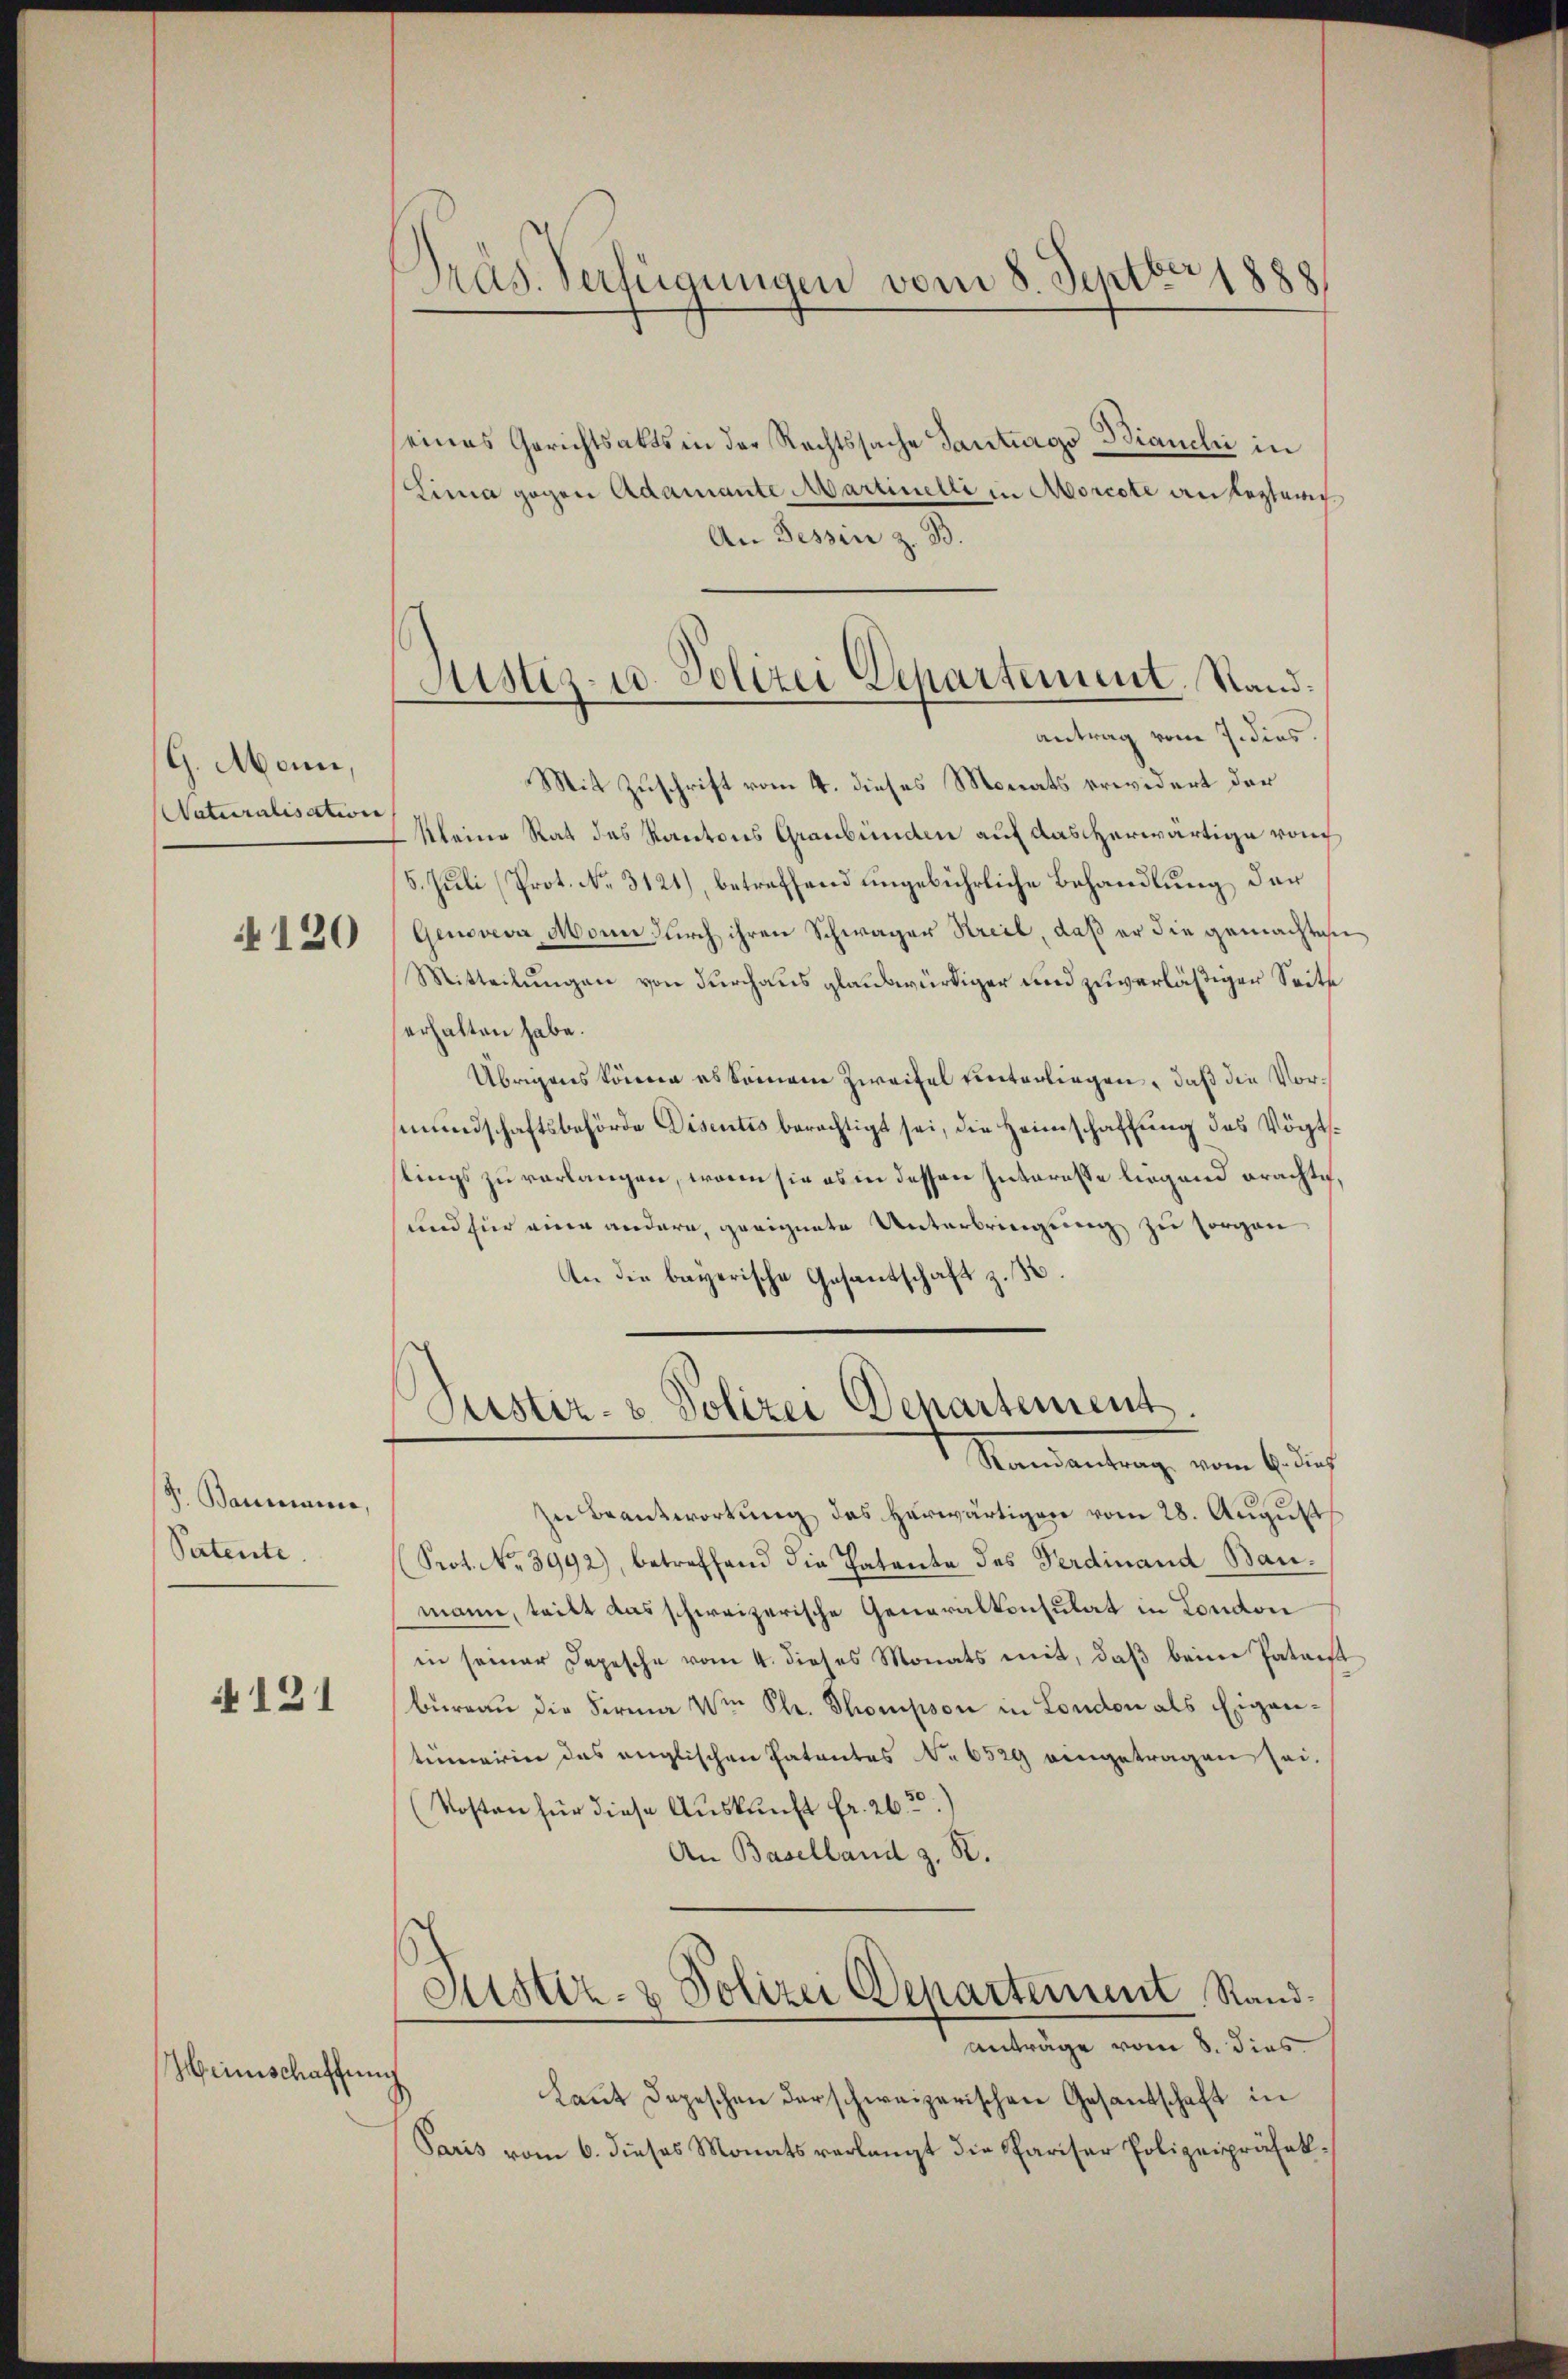
G. Mann,
Naturalisation

120

S. Baumann,
Patente.

121

Heinschaffung

Präs. Verfügungen vom 8. Septber 1888

Justiz- u. Polizei Departement. Stand:
antrag vom 7. dies

Puster- & Polizei Departement
Mandantung von Buch

eines Gerichtsakts in der Rechtssache Tantigo Bianchi in
Lina gegen Adamante Martinelli in Morcote an leztewig
An Tessin z. B.
Mit Zuschrift vom 4. dieses Monats erwidert der
kleine Rat des Kantons Graubünden auf das herwärtige von
5. Juli (Prot. No. 3121), betreffend ungebührliche Behandlung der
Genoveva Mann durch ihren Schwager Streit, daß er die gemächtigen
Mitteilungen von durchaus glaubwürdiger und zuverläßiger Seite
erhalten habe.
Übrigens könne es keinem Zweifel unterliegen, daß die Vormundschaftsbehörde Disentis berechtigt sei, die Heimschaffung des Vögtslings zu verlangen, wenn sie es in dessen Interesse liegend erachte
und für eine andern, geeignete Unterbringung zu sorgen
An die bayerische Gesantschaft z. B.

In Beantwortung des herwärtigen vom 28. August
Prot. No 3992), betreffend die Patente des Ferdinand Baumann, teilt das schweizerische Generalkonsulat in London
in seiner Depesche vom 4. dieses Monats mit, daß beim Patent
büreau die Firma von Ple. Thompson in London als Eigentümerin des englischen Patentes No 6529 eingetragen sei.
Kosten für diese Auskunft fr. 26
An Baselland z. R.
Justiz- & Polizei Departement Randanträge vom 8. dies
Laut Depeschen darschweizerischen Gesandschaft in
Paris vom 6. dieses Monats verlangt die Pariser Polizeipräfek¬